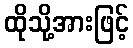
ထိုသို့အားဖြင့်